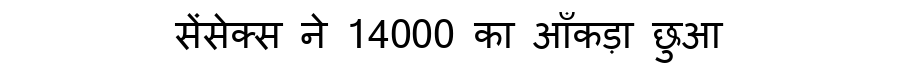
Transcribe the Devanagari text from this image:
सेंसेक्स ने 14000 का आँकड़ा छुआ